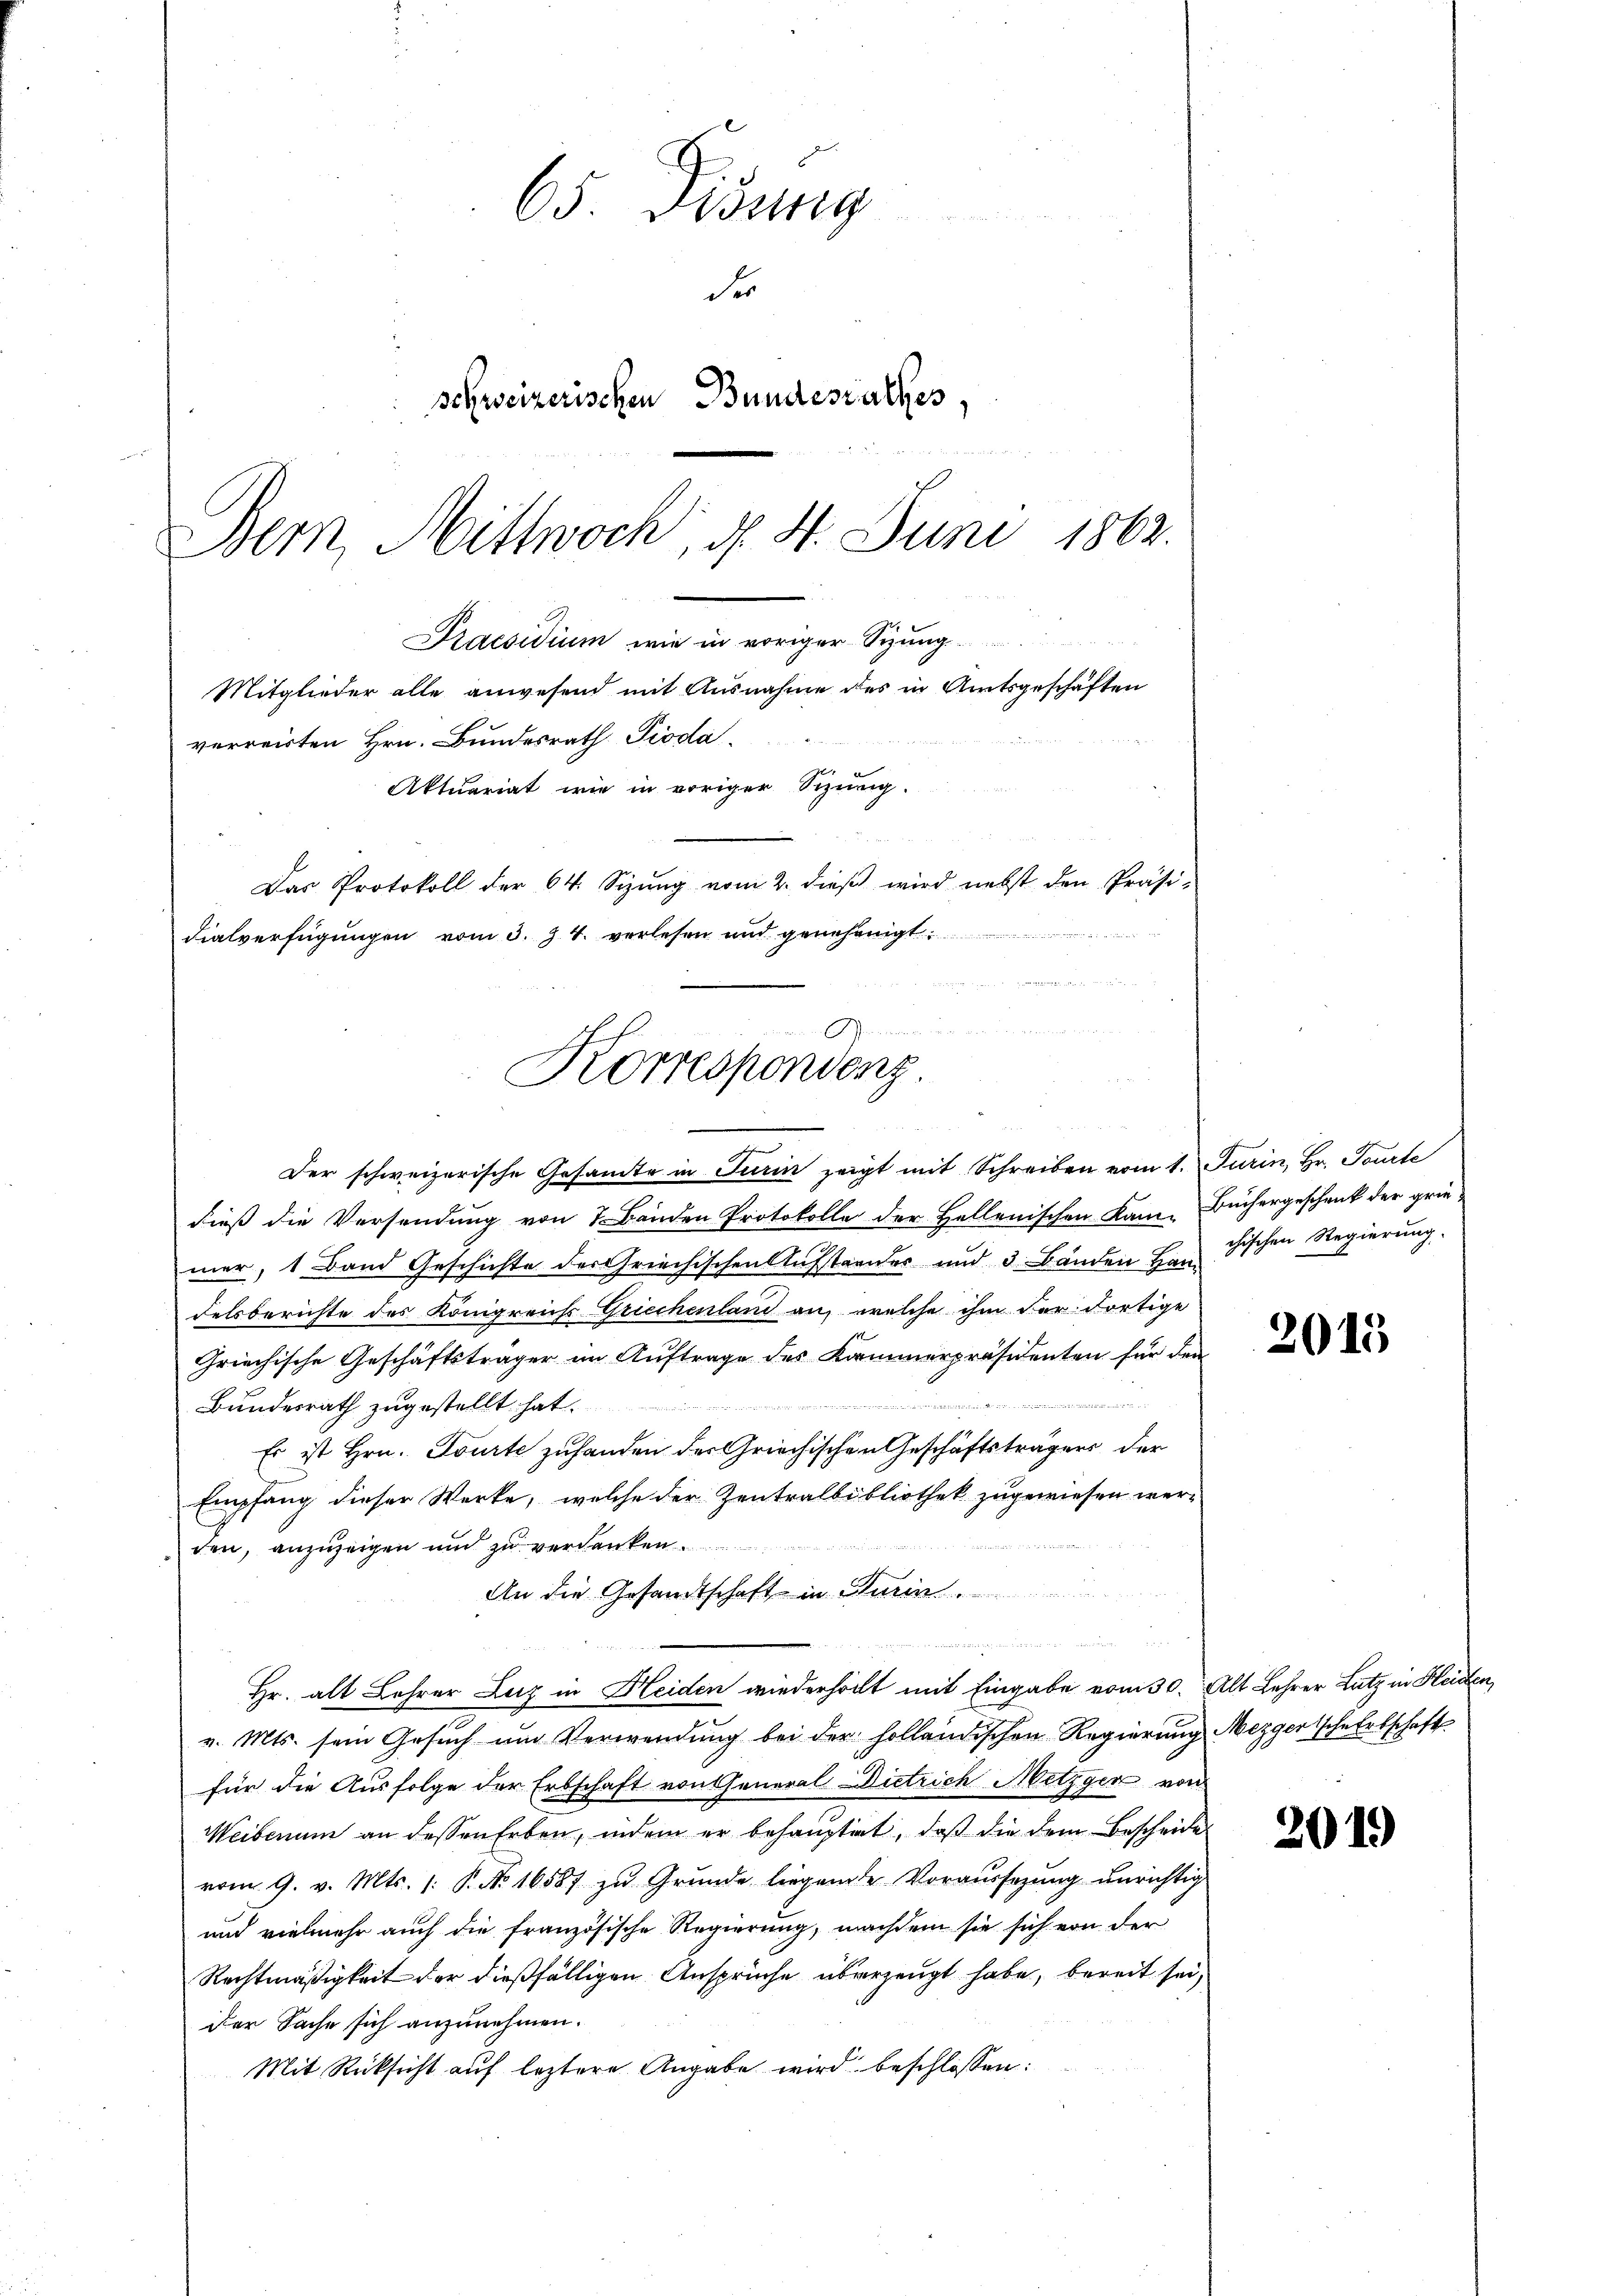
65. Bösig
der
schweizerischen Bundesrathes,
Bern, Mittwoch, d. 4. Juni 1862.

Praesidium wie in voriger Sitzung
Mitglieder alle anwesend mit Ausnahme des in Amtsgeschäften
verreisten Hrn. Bundesrath Pioda
Aktuariat wie in voriger Sizung.
Das Protokoll der 64. Sizŭng vom 2. dieβ wird nebst den Präsi-

Fialverfügungen vom 3. Z. 4. verlesen und genehmigt.

Korrespondenz.

Der schweizerische Gesamte in Turin zeigt mit Schreiben vom 1. Jurin, Hr. Tourte
dieß die Versendung von 7 Bänden Protokolle der Hellenischen Kam-Büchergeschenk der grie-
mer, 1 Band Geschichte des Griechischen Aufstandes und 3. Bänden Hanchischen Regierung
Felsberichte des Königreichs Griechenland an, welche ihm der dortige
Griechische Geschäftsträger im Auftrage des Kammerpräsidenten für den
n
Bundesrath zugestellt hat.
Es ist Hrn. Tourte zufanden der Griechischen Geschäftsträgers der
Empfang dieser Werke, welche der Zentralbibliothek zugewiesen wer-
den, anzuzeigen und zu verdanken.
An die Gesandtschaft in Turin
d
Hr. alt Lehrer Luz in Heiden wiederholt mit Eingabe vom 30. Alt Lehrer Lutz in Kleiden,
v. Mts. sein Gesuch um Verwendung bei der holländischen Regierung Mezgerssche Erbschaft
für die Ausfolge der Erbschaft von General Dietrich Metzger von
Weibenum an dessen Erben, indem er behauptet, daß die dem Bescheide
vom 9. v. Mts. 1. P. Nr. 16587 zu Grunde liegende Voraussezung unrichtig
und vielmehr auch die französische Regierung, nachdem sie sich von der
Rechtmäßigkeit der dießfälligen Ansprüche überzeugt habe, bereit sei,
der Sache sich anzunehmen.
Mit Rücksicht auf leztere Angabe wird beschlossen:

2015

2019